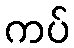
ကပ်